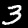
Digit: 3